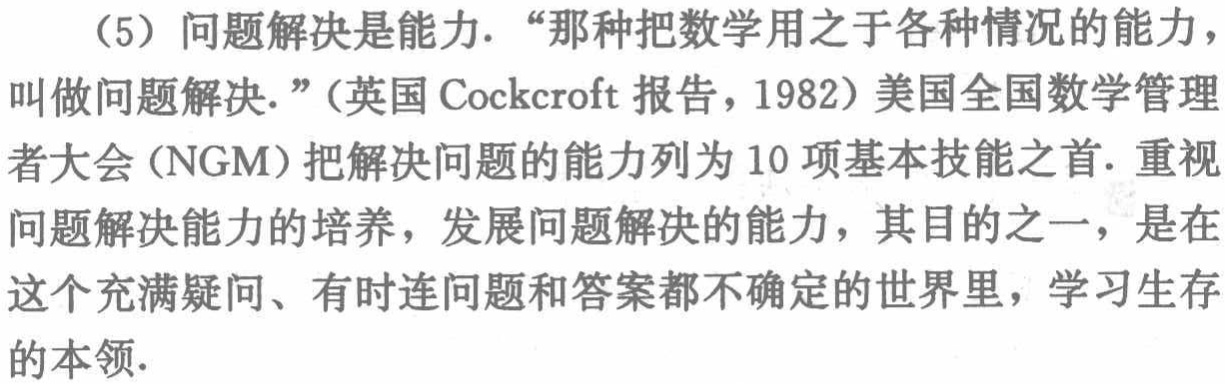
（5）问题解决是能力. “那种把数学用之于各种情况的能力，叫做问题解决.”（英国Cockcroft报告，1982）美国全国数学管理者大会（NGM）把解决问题的能力列为10项基本技能之首. 重视问题解决能力的培养，发展问题解决的能力，其目的之一，是在这个充满疑问、有时连问题和答案都不确定的世界里，学习生存的本领.